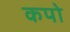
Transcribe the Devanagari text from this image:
कपो